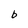
Character: b